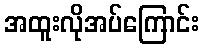
အထူးလိုအပ်ကြောင်း